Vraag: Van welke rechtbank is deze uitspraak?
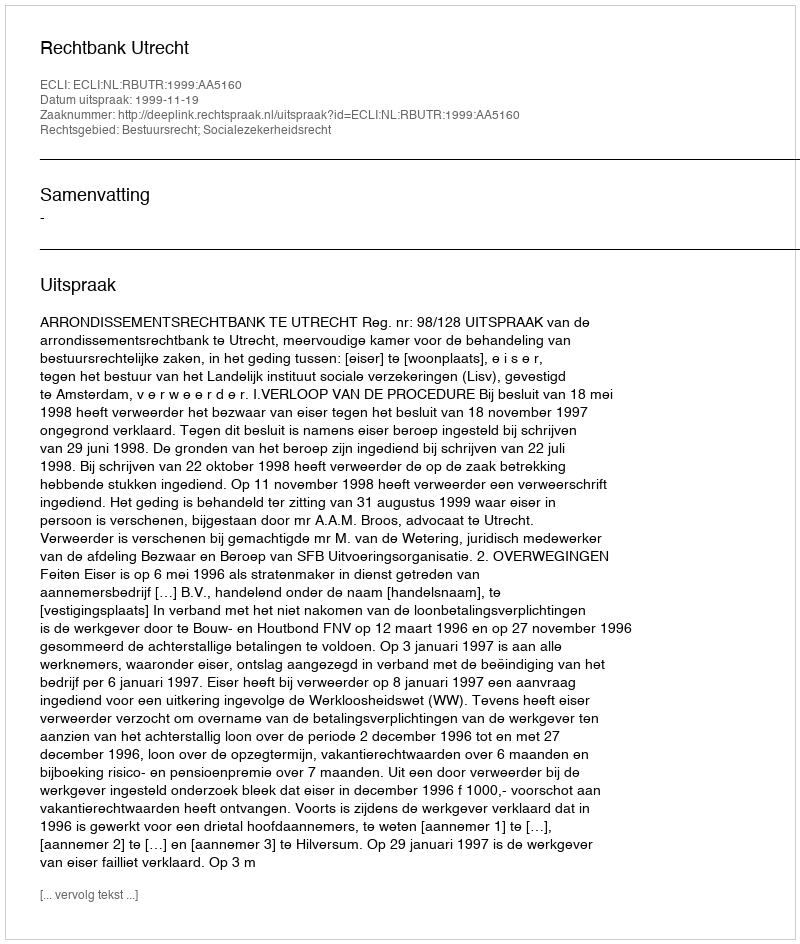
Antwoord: Rechtbank Utrecht